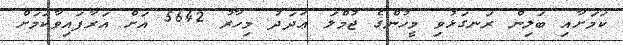
ކަމަށާއި ބަލިން ރަނގަޅުވި މީހުންގެ ޖުމްލަ ޢަދަދު މިހާރު 5642 އަށް އަރާފައިވާކަމަށް